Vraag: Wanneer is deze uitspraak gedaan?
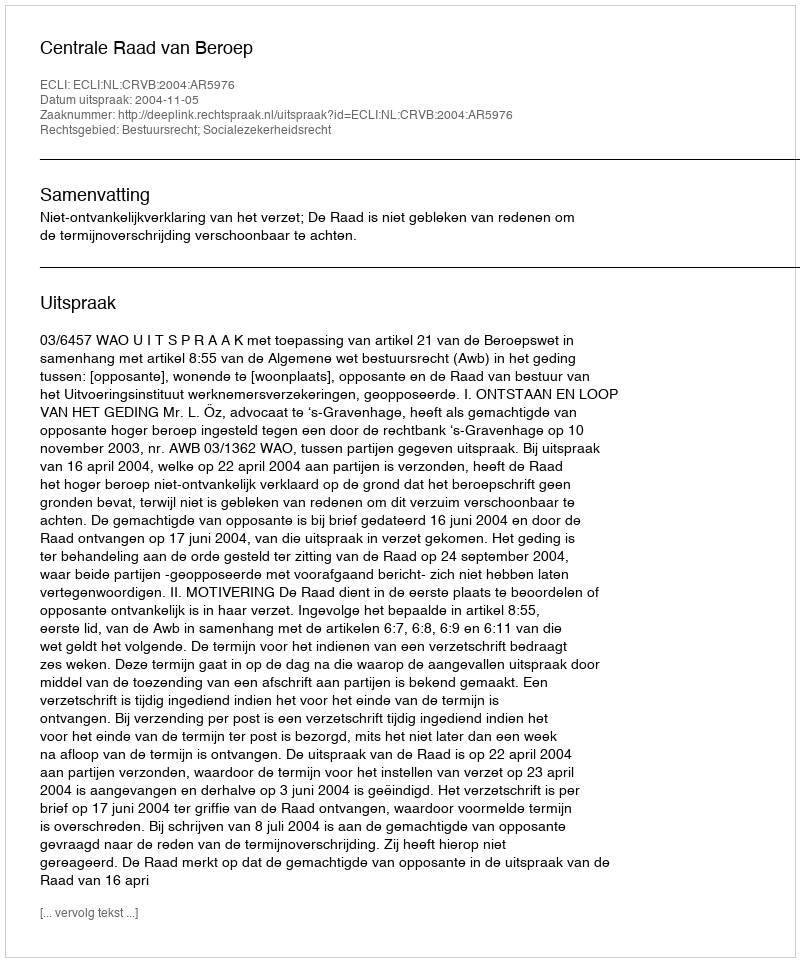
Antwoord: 2004-11-05